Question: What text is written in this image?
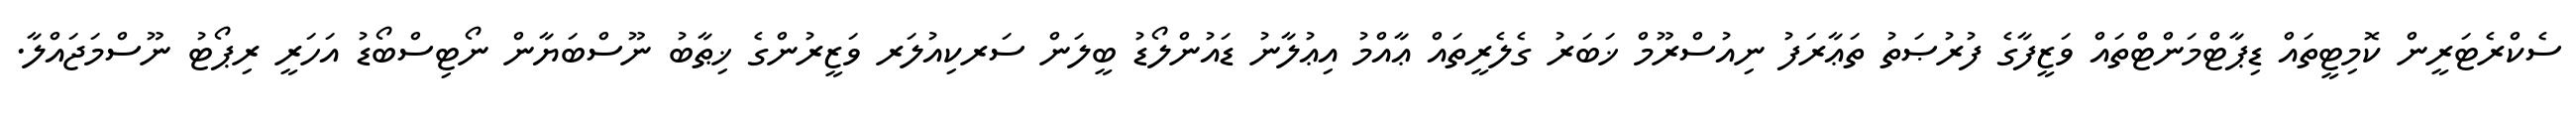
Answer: ސެކްރެޓަރީން ކޮމިޓީތައް ޑިޕާޓްމަންޓްތައް ވަޒީފާގެ ފުރުޞަތު ތަޢާރަފު ނިއުސްރޫމް ޚަބަރު ގެލެރީތައް ޢާއްމު އިޢުލާނު ޑައުންލޯޑު ބީލަން ސަރކިއުލަރ ވަޒީރުންގެ ޚިޠާބު ނޫސްބަޔާން ނޯޓިސްބޯޑު އަހަރީ ރިޕޯޓު ނޫސްމަޖައްލާ.